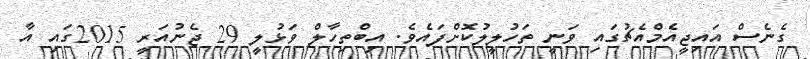
ގެނެސް އައިޖީއެމްއެޗުގައި ވަނީ ތަހުލީލުކޮށްފައެވެ. އިބްތިހާލް ވަޅުލީ 29 ޖެނުއަރީ 2015ގައި އާ